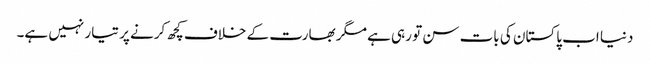
دنیا اب پاکستان کی بات سن تو رہی ہے مگر بھارت کے خلاف کچھ کرنے پر تیار نہیں ہے۔